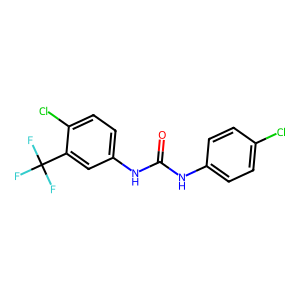
SMILES: O=C(Nc1ccc(Cl)cc1)Nc1ccc(Cl)c(C(F)(F)F)c1
Inhibits HIV replication: No